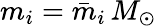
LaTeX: m_{i}=\bar{m}_{i}\, M_{\odot}